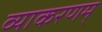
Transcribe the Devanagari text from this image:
व्याकरणम्